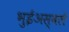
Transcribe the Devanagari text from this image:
भुईअस्वले